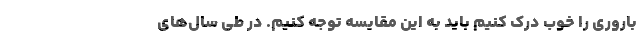
باروری را خوب درک کنیم باید به این مقایسه توجه کنیم. در طی سال‌های